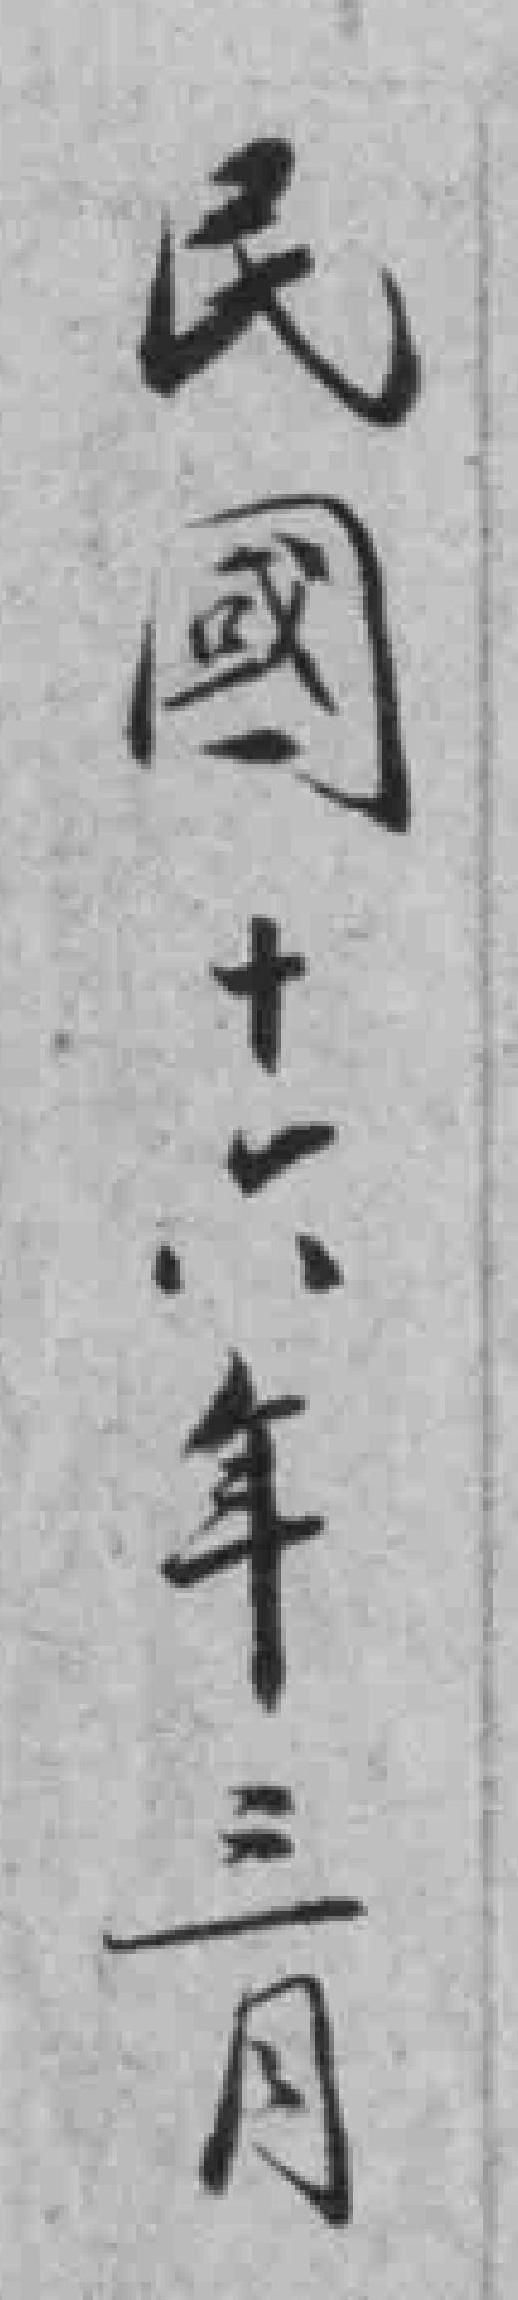
民國十六年三月